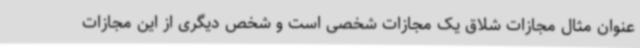
عنوان مثال مجازات شلاق یک مجازات شخصی است و شخص دیگری از این مجازات